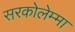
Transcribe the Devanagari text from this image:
सरकोलेम्मा